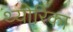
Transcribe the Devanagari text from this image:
थ्योरिका